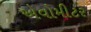
એવોમીટર